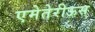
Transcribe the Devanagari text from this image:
एमेतेरीऊस